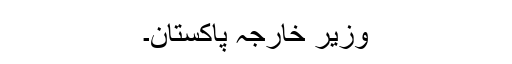
وزیر خارجہ پاکستان۔